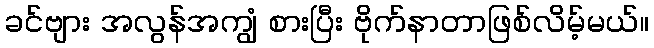
ခင်ဗျား အလွန်အကျွံ စားပြီး ဗိုက်နာတာဖြစ်လိမ့်မယ်။